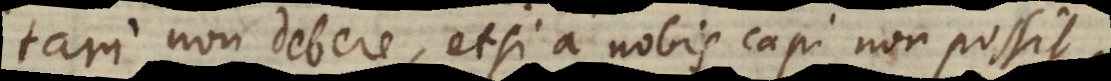
tari non debere, etsi a nobis capi non possit.